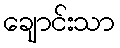
ချောင်းသာ